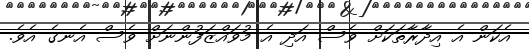
އެކަން އެ އިދާރާތަކަށް ވެސް އަދި އެ މުވައްޒަފުންނަށް ވެސް އެނގެ އެވެ.